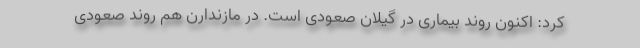
کرد: اکنون روند بیماری در گیلان صعودی است. در مازندارن هم روند صعودی